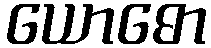
ယောဓော